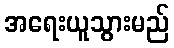
အရေးယူသွားမည်